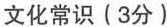
文化常识(3分)